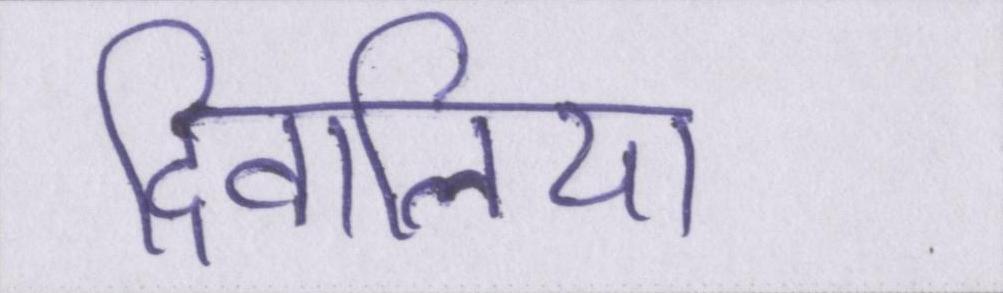
दिवालिया